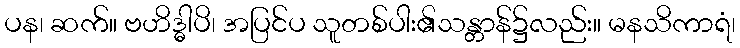
ပန၊ ဆက်။ ဗဟိဒ္ဓါပိ၊ အပြင်ပ သူတစ်ပါး၏သန္တာန်၌လည်း။ မနသိကာရံ၊